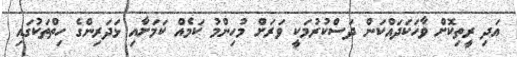
އަދި ރީތިކޮށް ވާހަކަދައްކަން ދަސްކުރުމަކީ ވަރަށް މުހިންމު ކަމެއް ކަމަށާއި ޅަދަރިންގެ ހިތްތަކުގައި